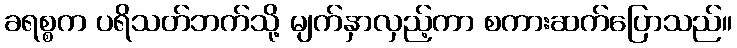
ခရစ္စက ပရိသတ်ဘက်သို့ မျက်နှာလှည့်ကာ စကားဆက်ပြောသည်။